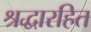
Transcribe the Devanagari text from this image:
श्रद्धारहित